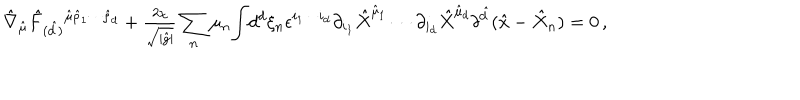
LaTeX: \hat { \nabla } _ { \hat { \mu } } \hat { F } _ { ( \hat { d } ) } { } ^ { \hat { \mu } \hat { \rho } _ { 1 } \cdots \hat { \rho } _ { d } } + { \textstyle \frac { 2 \chi } { \sqrt { | \hat { g } | } } } \sum _ { n } \mu _ { n } { \displaystyle \int } d ^ { d } \xi _ { n } \epsilon ^ { i _ { 1 } \cdots i _ { d } } \partial _ { i _ { 1 } } \hat { X } ^ { \hat { \mu } _ { 1 } } \cdots \partial _ { i _ { d } } \hat { X } ^ { \hat { \mu } _ { d } } \delta ^ { \hat { d } } ( \hat { x } - \hat { X } _ { n } ) = 0 \, ,